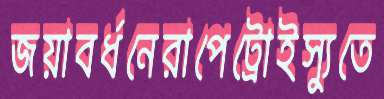
জয়াবর্ধনেরাপেট্রোইস্যুতে